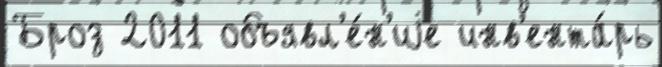
Броз 2011 объявл'е́н'иjе инв'ента́рь